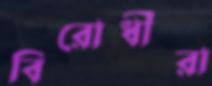
বিরোধীরা